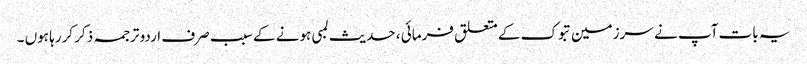
یہ بات آپ نے سرزمین تبوک کے متعلق فرمائی ، حدیث لمبی ہونے کے سبب صرف اردو ترجمہ ذکر کررہا ہوں ۔